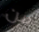
من